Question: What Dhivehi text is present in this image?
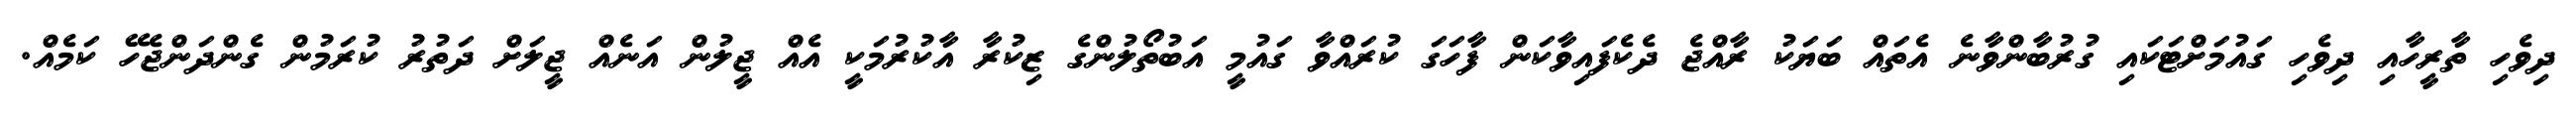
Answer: ދިވެހި ތާރީހާއި ދިވެހި ގައުމަށްޓަކައި ގުރުބާންވާނެ އެތައް ބަޔަކު ރާއްޖެ ދެކެފައިވާކަން ފާހަގަ ކުރައްވާ ގައުމީ އަބުތޯލުންގެ ޒިކުރާ އާކުރުމަކީ އެއް ޖީލުން އަނެއް ޖީލަށް ދަތުރު ކުރަމުން ގެންދަންޖެހޭ ކަމެއް.